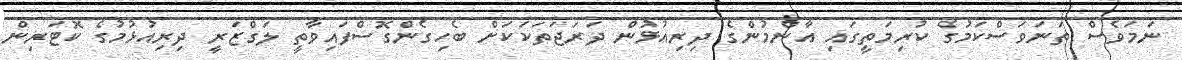
ނަމަވެސް ތަނަވަސްކަމުގެ ކުރިމަތީގައި އާންމުންގެ ދިރިއުޅުން ދަރަޖަތަކަކަށް ބެހިގެންގޮސްފައިވާތީ ލަގްޒަރީ ދިރިއުޅުމުގެ ކޮޓަރިން